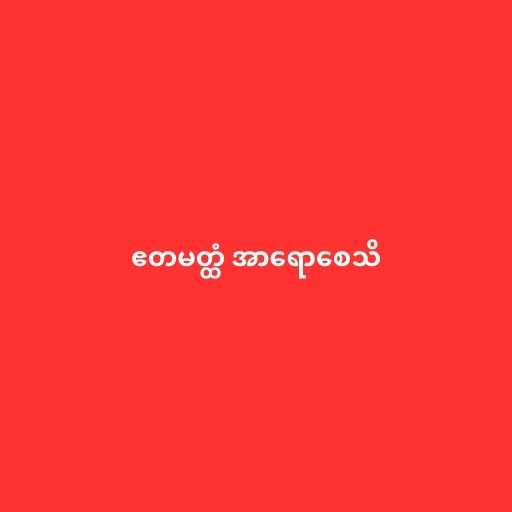
ဧတမတ္ထံ အာရောစေသိ